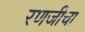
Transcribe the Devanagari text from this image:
रणजीचा